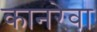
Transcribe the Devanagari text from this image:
कानरेवा